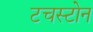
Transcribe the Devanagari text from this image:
टचस्‍टोन